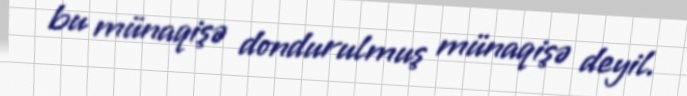
bu münaqişə dondurulmuş münaqişə deyil.